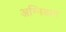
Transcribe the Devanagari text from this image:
अग्निडाग